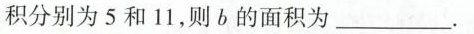
积分别为5和11，则b的面积为___.